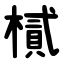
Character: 樲